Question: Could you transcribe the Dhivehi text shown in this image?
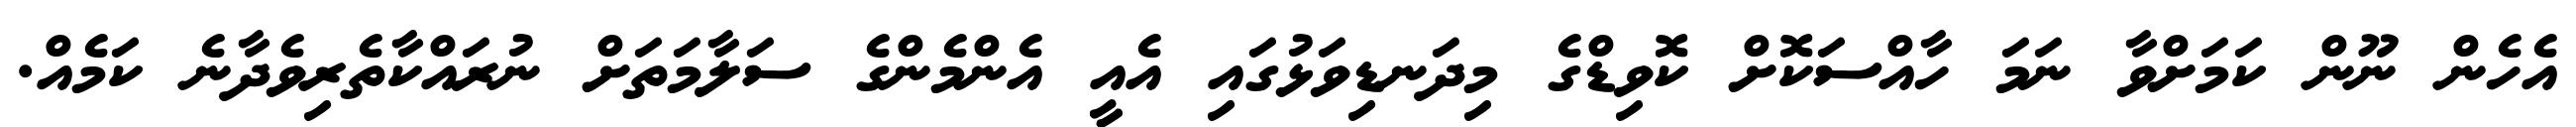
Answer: އެހެން ނޫން ކަމަށްވާ ނަމަ ހާއްސަކޮށް ކޮވިޑްގެ މިދަނޑިވަޅުގައި އެއީ އެންމެންގެ ސަލާމަތަށް ނުރައްކާތެރިވެދާނެ ކަމެއް.